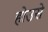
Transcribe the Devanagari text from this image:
होउसे